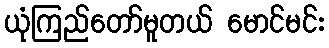
ယုံကြည်တော်မူတယ် မောင်မင်း